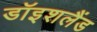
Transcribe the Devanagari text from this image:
डॉइशलैंड